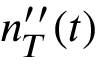
n _ { T } ^ { \prime \prime } ( t )